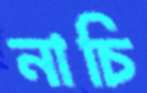
নাচি